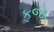
કજો